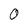
Character: 0